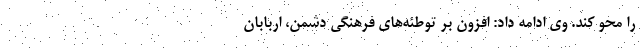
را محو کند. وی ادامه داد: افزون بر توطئه‌های فرهنگی دشمن، اربابان